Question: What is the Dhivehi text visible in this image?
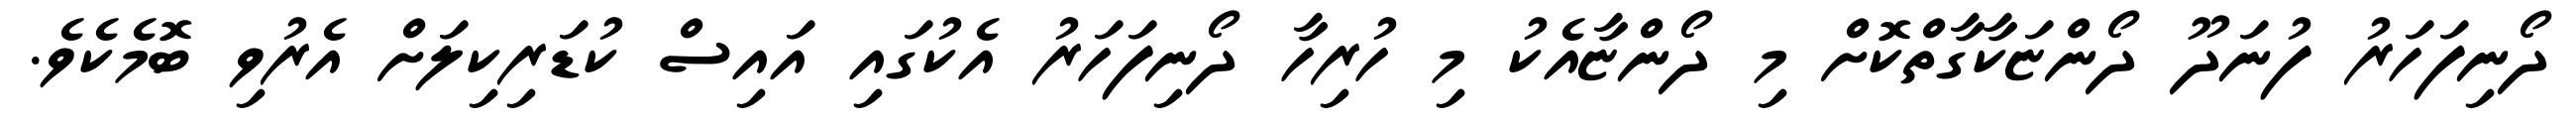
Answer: ދޯނިފަހަރު ފުނަދޫ ދޯންޏަކާގާތްކޮށް މި ދޯންޏާއެކު މި ހުރިހާ ދޯނިފަހަރު އެކުގައި އައިސް ކުޑަރިކިލަށް އެރުވި ބޮމެކެވެ.